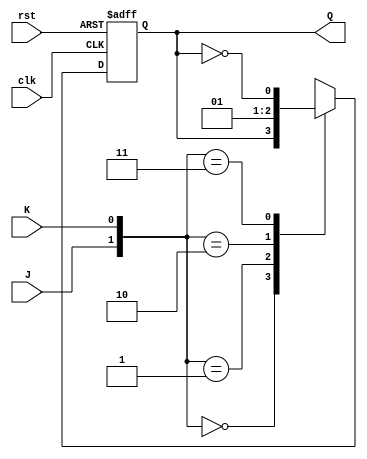
module jk_flipflop (
  input wire clk,
  input wire rst,
  input wire J,
  input wire K,
  output reg Q
);

always @(posedge clk or posedge rst) begin
  if (rst) begin
    Q <= 1'b0;
  end else begin
    case ({J, K})
      2'b00: Q <= Q; // Hold state
      2'b01: Q <= 1'b0; // Reset
      2'b10: Q <= 1'b1; // Set
      2'b11: Q <= ~Q; // Toggle
    endcase
  end
end

endmodule